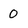
Character: 0